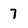
Character: 7